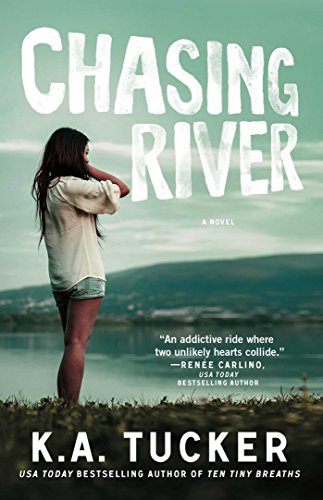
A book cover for Chasing River: A Novel (The Burying Water Series); K.A. Tucker; Romance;